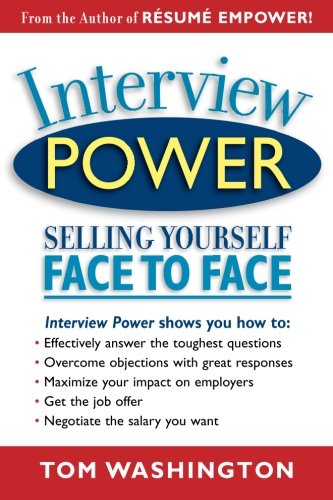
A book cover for Interview Power: Selling Yourself Face to Face; Tom Washington; Business & Money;